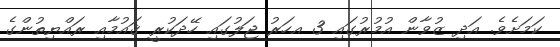
ކަމަށެވެ. އަދި ޒުވާން އުމުރުގައި 3 އހަރު ޖަލުގައި ހޭދަކުރީ ޤައުމާއި ރައްޔިތުންގެ